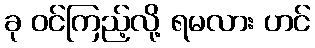
ခု ဝင်ကြည့်လို့ ရမလား ဟင်